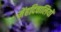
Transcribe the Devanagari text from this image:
मेंहदिवालियों